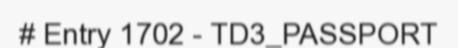
# Entry 1702 - TD3_PASSPORT